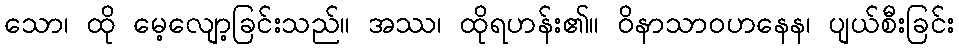
သော၊ ထို မေ့လျော့ခြင်းသည်။ အဿ၊ ထိုရဟန်း၏။ ဝိနာသာဝဟနေန၊ ပျယ်စီးခြင်း